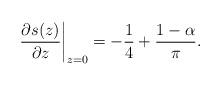
LaTeX: \begin{align*}\left.\frac{\partial s(z)}{\partial z}\right|_{z=0}=-\frac{1}{4}+\frac{1-\alpha}{\pi}.\end{align*}